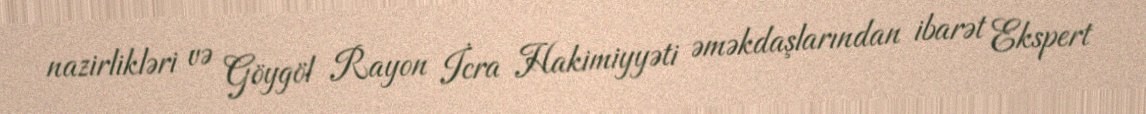
nazirlikləri və Göygöl Rayon İcra Hakimiyyəti əməkdaşlarından ibarət Ekspert